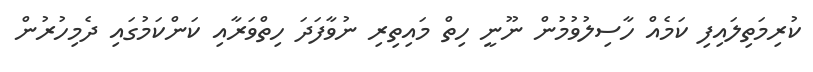
ކުރިމަތިލައިފި ކަމެއް ހާސިލުވުމުން ނޫނީ ހިތް މައިތިރި ނުވާފަދަ ހިތްވަރާއި ކަންކަމުގައި ދެމިހުރުން